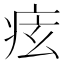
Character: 痃